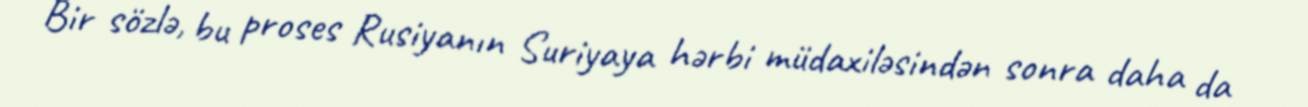
Bir sözlə, bu proses Rusiyanın Suriyaya hərbi müdaxiləsindən sonra daha da